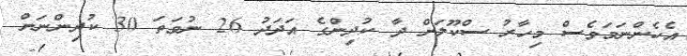
އެހެންނަމަވެސް މިހާރު ސްކޫލަށް ދާ ކުދިންގެ އަދަދު 26 ނުވަތަ 30 ކުދިންނަށް